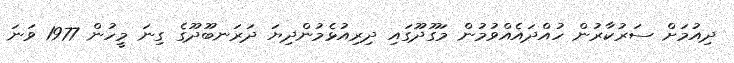
ދިއުމަށް ސަރުކާރުން ހުއްދައެއްވުމުން މަގޫދޫގައި ދިރިއުޅެމުންދިޔަ ދަރަނބޫދޫގެ ގިނަ މީހުން 1977 ވަނަ